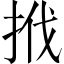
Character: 𢬩